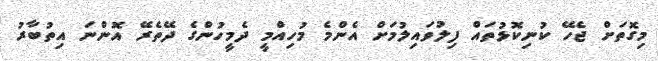
މިގޮތަށް ޖެހޭ ކުނިކޮޅުތައް ފިލުވައިލުމަށް އެންމެ މުހިއްމީ ދެމީހުންގެ ދޭތެރޭ އޮންނަ އިތުބާރު